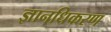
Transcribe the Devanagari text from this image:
ज्ञानधिकरण